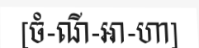
[ចំ-ណី-អា-ហា]